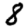
Digit: 8